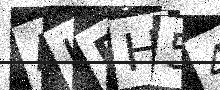
Text: AHPH54